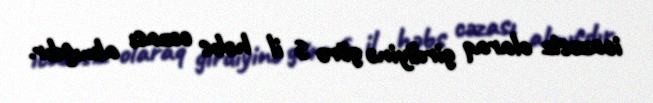
icazəsiz olaraq girdiyinə görə 5 il həbs cəzası almışdır.